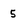
Character: 5